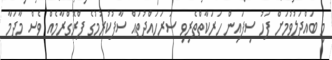
މި ބައްދަލުވުމަށް ފަހު ސިފައިން ހަރަކާތްތެރިވި ސަރަހައްދުތައް ސާފުކުރުމުގެ ޕްރޮގްރާމެއް ވެސް މާދަމާ